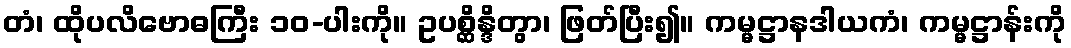
တံ၊ ထိုပလိဗောဓကြီး ၁၀-ပါးကို။ ဥပစ္ဆိန္ဒိတွာ၊ ဖြတ်ပြီး၍။ ကမ္မဋ္ဌာနဒါယကံ၊ ကမ္မဋ္ဌာန်းကို